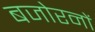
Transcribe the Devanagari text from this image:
बजोरनों